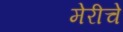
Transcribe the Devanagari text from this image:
मेरीचे